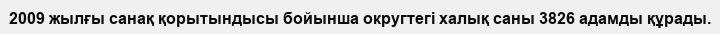
2009 жылғы санақ қорытындысы бойынша округтегі халық саны 3826 адамды құрады.